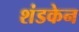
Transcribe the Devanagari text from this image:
शंडकेन